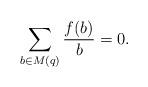
LaTeX: \begin{align*} \sum_{b\in M(q)}\frac{f(b)}{b}=0. \end{align*}